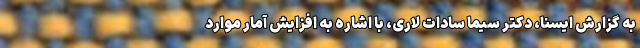
به گزارش ایسنا، دکتر سیما سادات لاری، با اشاره به افزایش آمار موارد